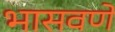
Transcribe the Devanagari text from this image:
भासवणे